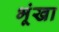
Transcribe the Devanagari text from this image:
भूंखा